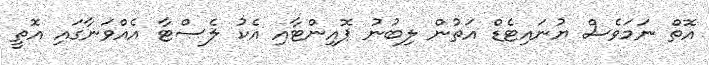
އޮތް ނަމަވެސް ޔުނައިޓެޑް އަތުން ލިބުނު ޕޮއިންޓާއި އެކު ލެސްޓާ އެއްވަނާގައި އޮތީ